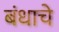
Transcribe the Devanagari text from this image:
बंधाचे